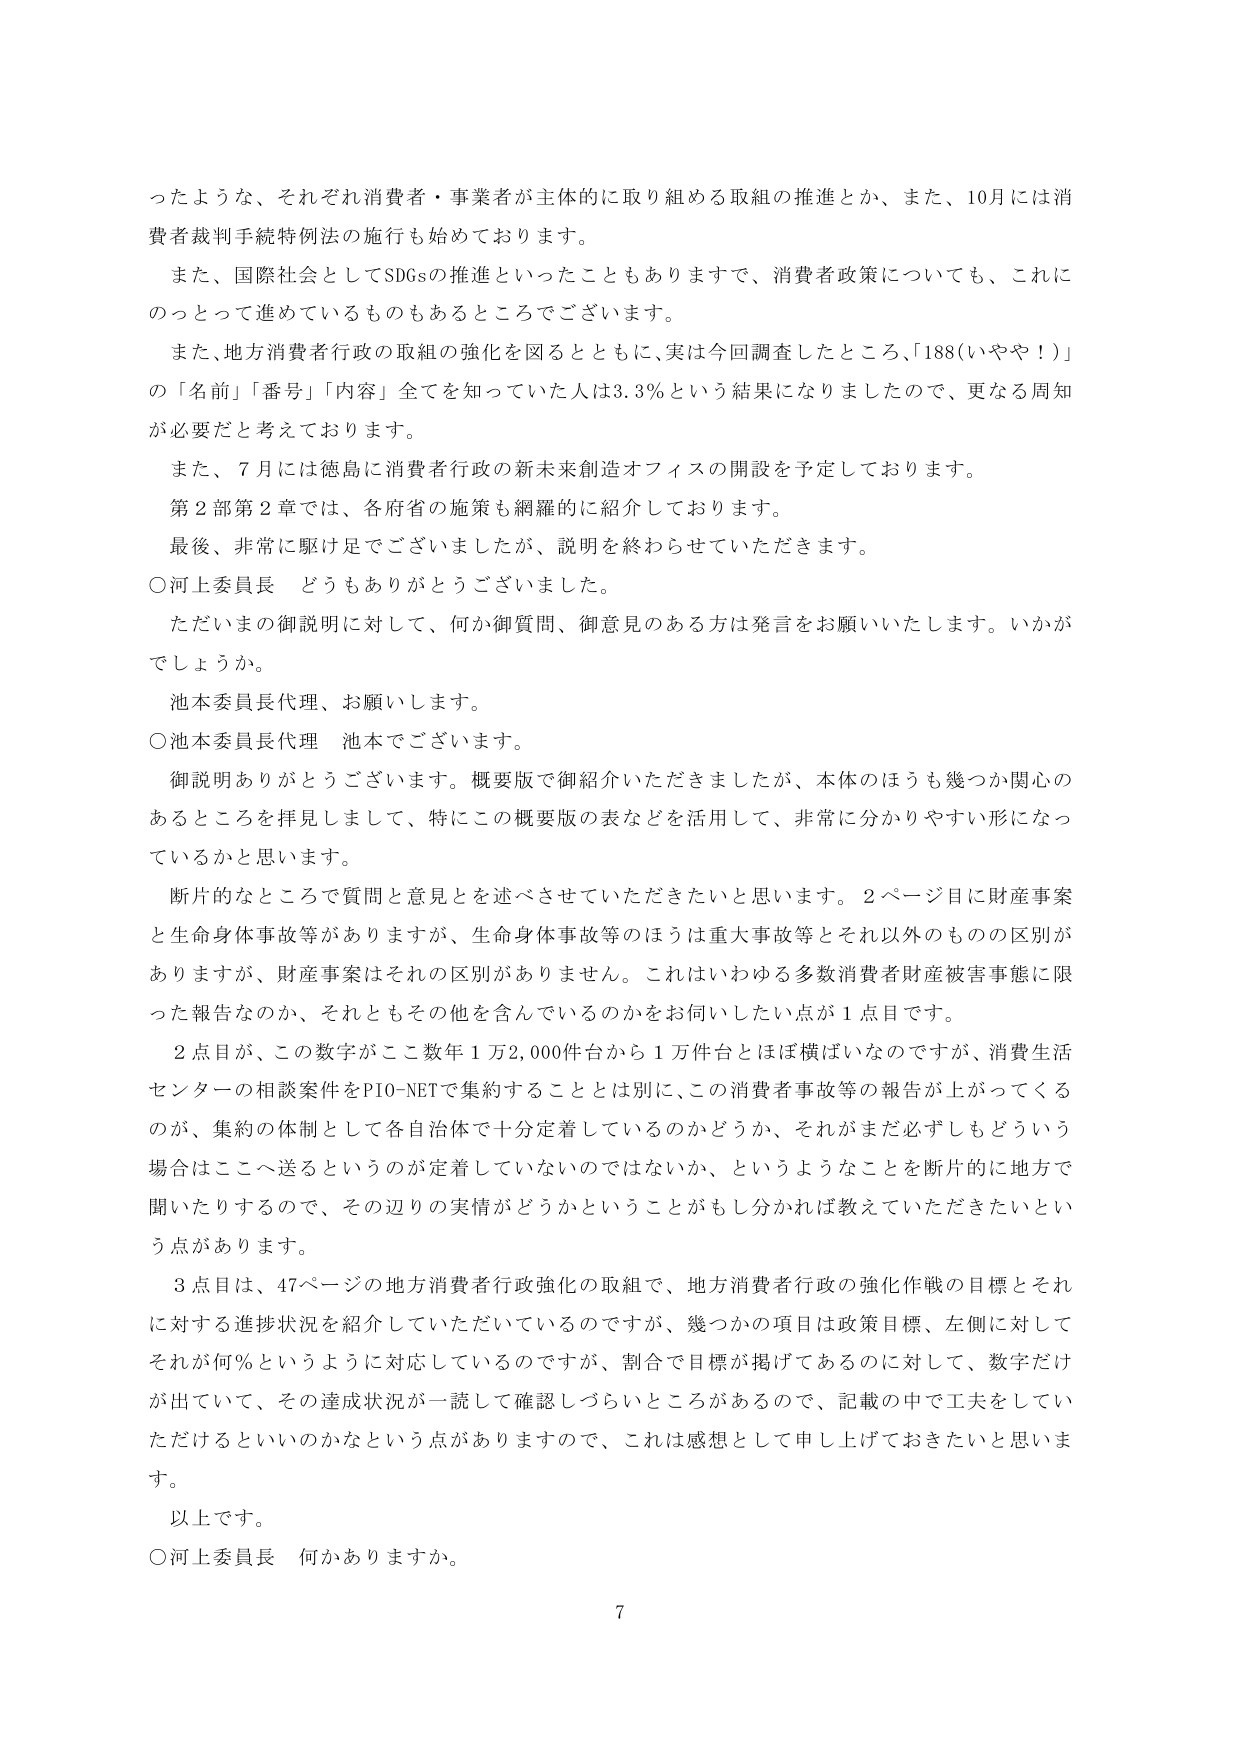
ったような、それぞれ消費者・事業者が主体的に取り組める取組の推進とか、また、10月には消費者裁判手続特例法の施行も始めております。

また、国際社会としてSDGsの推進といったこともありますので、消費者政策についても、これにのっとって進めているものもあるところでございます。

また、地方消費者行政の取組の強化を図るとともに、実は今回調査したところ、「188（いやや！）」の「名前」「番号」「内容」全てを知っていた人は3.3％という結果になりましたので、更なる周知が必要だと考えております。

また、7月には徳島に消費者行政の新未来創造オフィスの開設を予定しております。

第2部第2章では、各府省の施策も網羅的に紹介しております。

最後、非常に駆け足でございましたが、説明を終わらせていただきます。

○河上委員長 どうもありがとうございました。

ただいまの御説明に対して、何か御質問、御意見のある方は発言をお願いいたします。いかがでしょうか。

池本委員長代理、お願いします。

○池本委員長代理 池本でございます。

御説明ありがとうございます。概要版で御紹介いただきましたが、本体のほうも幾つか関心のあるところを拝見しまして、特にこの概要版の表などを活用して、非常に分かりやすい形になっているかと思います。

断片的なところで質問と意見を述べさせていただきたいと思います。2ページ目に財産事案と生命身体事故等がありますが、生命身体事故等のほうは重大事故等とそれ以外のものの区別がありますが、財産事案はそれの区別がありません。これはいわゆる多数消費者財産被害事態に限った報告なのか、それともその他を含んでいるのかをお伺いしたい点が1点目です。

2点目が、この数字がここ数年1万2,000件台から1万件台とほぼ横ばいなのですが、消費生活センターの相談案件をPIO-NETで集約することとは別に、この消費者事故等の報告が上がってくるのが、集約の体制として各自治体で十分定着しているのかどうか、それがまだ必ずしもどういう場合はここへ送るというのが定着していないのではないか、というようなことを断片的に地方で聞いたりするので、その辺りの実情がどうかということがもし分かれば教えていただきたいという点があります。

3点目は、47ページの地方消費者行政強化の取組で、地方消費者行政の強化作戦の目標とそれに対する進捗状況を紹介していただいているのですが、幾つかの項目は政策目標、左側に対してそれが何％というように対応しているのですが、割合で目標が掲げてあるのに対して、数字だけが出ていて、その達成状況が一読して確認しづらいところがあるので、記載の中で工夫をしていただけるといいのかなという点がありますので、これは感想として申し上げておきたいと思います。

以上です。

○河上委員長 何かありますか。

7